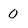
Character: 0